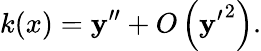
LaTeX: k(x)=\mathbf{y}^{\prime\prime}+O\left({\mathbf{y}^{\prime}}^{2}\right).